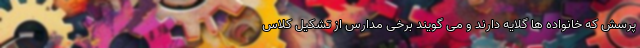
پرسش که خانواده ها گلایه دارند و می گویند برخی مدارس از تشکیل کلاس